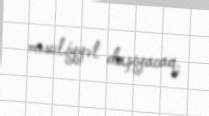
məsuliyyət daşıyacaq.